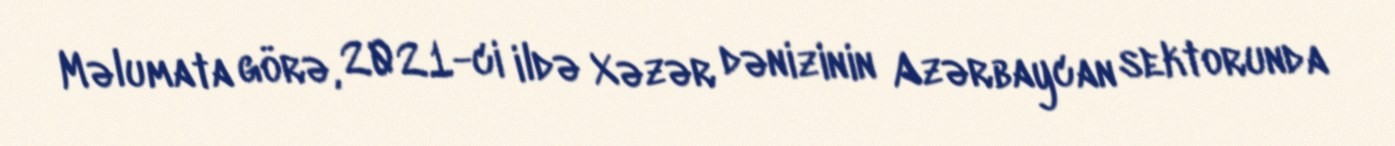
Məlumata görə, 2021-ci ildə Xəzər dənizinin Azərbaycan sektorunda